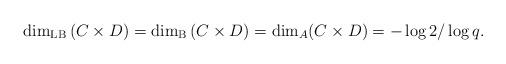
LaTeX: \begin{align*}\dim_{\rm LB}\left(C\times D\right)=\dim_{\rm B}\left(C\times D\right)=\dim_A(C\times D)=-\log 2/\log q.\end{align*}